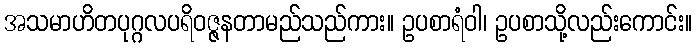
အသမာဟိတပုဂ္ဂလပရိဝဇ္ဇနတာမည်သည်ကား။ ဥပစာရံဝါ၊ ဥပစာသို့လည်းကောင်း။